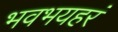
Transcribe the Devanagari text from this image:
भवभयहरं